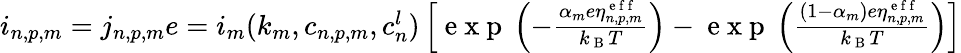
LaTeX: \begin{array}{r}{i_{n,p,m}=j_{n,p,m}e=i_{m}(k_{m},c_{n,p,m},c_{n}^{l})\left[\mathrm{~e~x~p~}\left(-\frac{\alpha_{m}e\eta_{n,p,m}^{\mathrm{~e~f~f~}}}{k_{\mathrm{~B~}}T}\right)-\mathrm{~e~x~p~}\left(\frac{(1-\alpha_{m})e\eta_{n,p,m}^{\mathrm{~e~f~f~}}}{k_{\mathrm{~B~}}T}\right)\right]}\end{array}